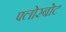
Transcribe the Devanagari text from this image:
फ्लोरबोट